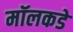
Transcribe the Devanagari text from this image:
मॉलकडे